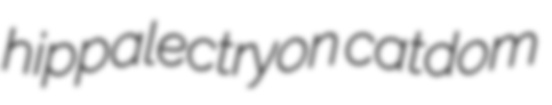
hippalectryon catdom